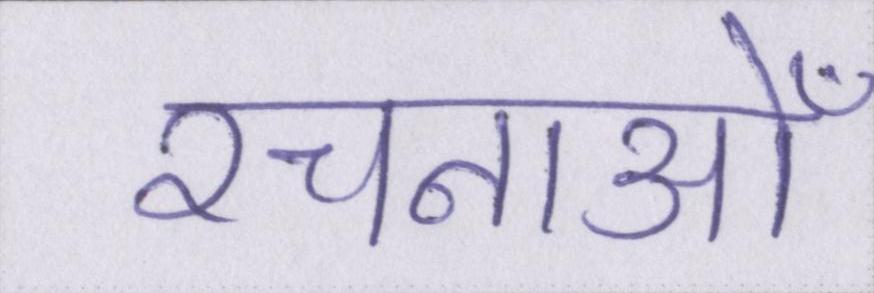
रचनाओँ